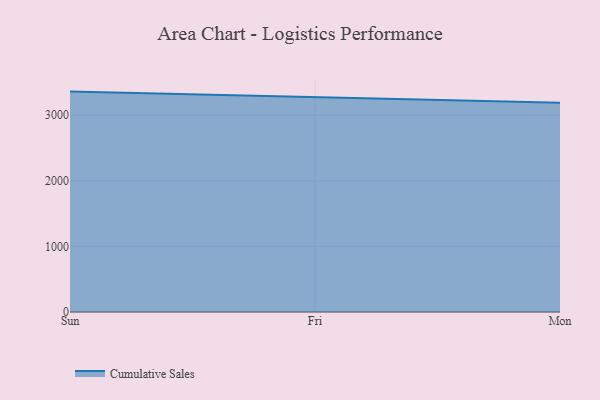
{"axis": {"x": "Day", "y": "Page Views"}, "legend": ["Cumulative Sales"], "data": [{"x": "Sun", "y": 3361.0, "type": "Cumulative Sales"}, {"x": "Fri", "y": 3277.9, "type": "Cumulative Sales"}, {"x": "Mon", "y": 3190.9, "type": "Cumulative Sales"}]}